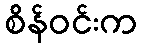
စိန်ဝင်းက